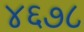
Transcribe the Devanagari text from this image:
४६७८